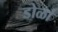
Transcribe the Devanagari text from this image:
डोळां